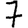
Digit: 7